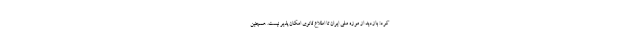
کرد: بازدید از موزه ملی ایران تا اطلاع ثانوی امکان پذیر نیست. همچنین